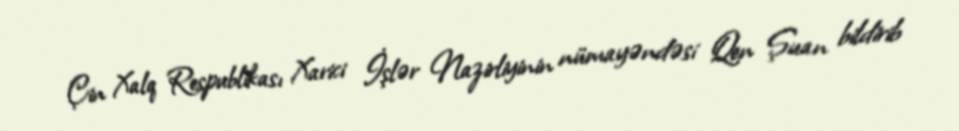
Çin Xalq Respublikası Xarici İşlər Nazirliyinin nümayəndəsi Qen Şuan bildirib